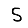
Digit: 5